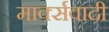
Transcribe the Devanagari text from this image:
मार्क्सवादी